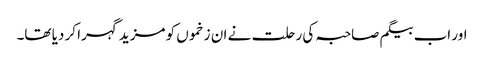
اور اب بیگم صاحبہ کی رحلت نے ان زخموں کو مزید گہرا کر دیا تھا۔